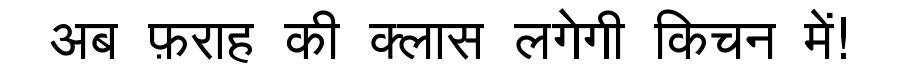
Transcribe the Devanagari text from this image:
अब फ़राह की क्लास लगेगी किचन में!